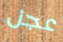
عجل